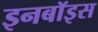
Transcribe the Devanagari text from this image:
इनबॉइस